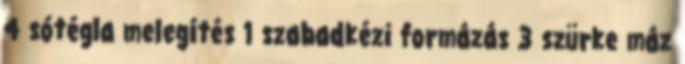
4 sótégla melegítés 1 szabadkézi formázás 3 szürke máz